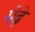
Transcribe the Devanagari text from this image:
मेढे़